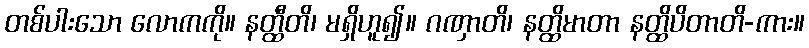
တစ်ပါးသော လောကကို။ နတ္ထီတိ၊ မရှိဟူ၍။ ဂဏှာတိ၊ နတ္ထိမာတာ နတ္ထိပိတာတိ-ကား။